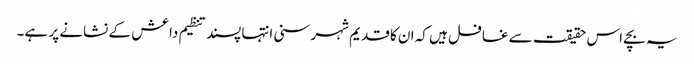
یہ بچے اس حقیقت سے غافل ہیں کہ ان کا قدیم شہر سنی انتہا پسند تنظیم داعش کے نشانے پر ہے۔